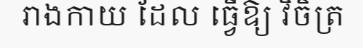
រាងកាយ ដែល ធ្វើឱ្យ វិចិត្រ